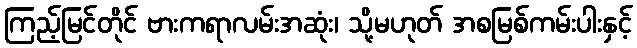
ကြည့်မြင်တိုင် ဗားကရာလမ်းအဆုံး၊ သို့မဟုတ် အစမြစ်ကမ်းပါးနှင့်